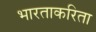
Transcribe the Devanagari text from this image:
भारताकरिता